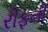
રીફની